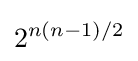
2^{n(n-1)/2}